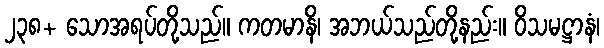
၂၃၈+ သောအရပ်တို့သည်။ ကတမာနိ၊ အဘယ်သည်တို့နည်း။ ဝိသမဋ္ဌာနံ၊